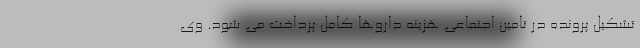
تشکیل پرونده در تامین اجتماعی هزینه داروها کامل پرداخت می شود. وی